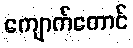
ကျောက်တောင်